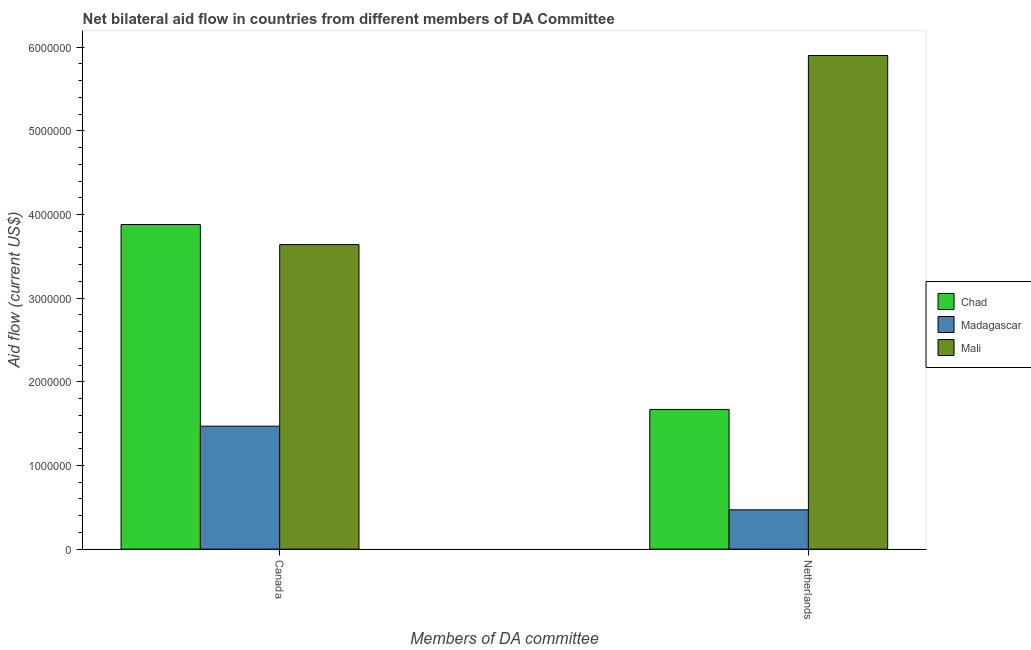
| Members of DA committee | Chad | Madagascar | Mali |
 | --- | --- | --- | --- |
 | Canada | 3.88e+06 | 1.47e+06 | 3.64e+06 |
 | Netherlands | 1.67e+06 | 4.7e+05 | 5.9e+06 |